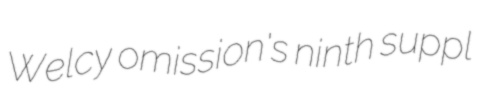
Welcy omission's ninth suppl